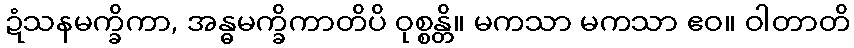
ဍံသနမက္ခိကာ, အန္ဓမက္ခိကာတိပိ ဝုစ္စန္တိ။ မကသာ မကသာ ဧဝ။ ဝါတာတိ